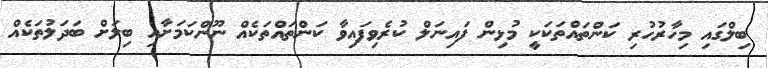
ބިލްގައި މިހާރުހުރި ކަންތައްތަކަކީ މުޅިން ފައިނަލް ކުރެވިފައިވާ ކަންތައްތަކެއް ނޫންކަމަށާއި ބިލަށް ބަދަލުތަކެއް